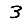
Digit: 3